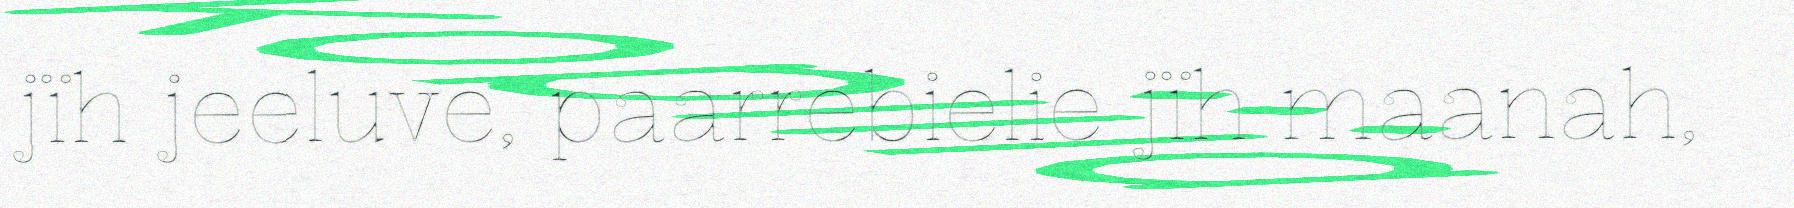
jïh jeeluve, paarrebielie jïh maanah,